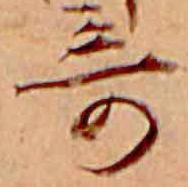
奇